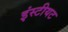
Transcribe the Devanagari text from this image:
इंस्टीयट